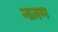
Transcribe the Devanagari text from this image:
नज़म